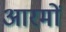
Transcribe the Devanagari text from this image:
आरमों